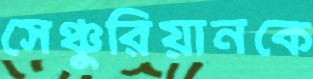
সেঞ্চুরিয়ানকে